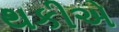
થકીએ